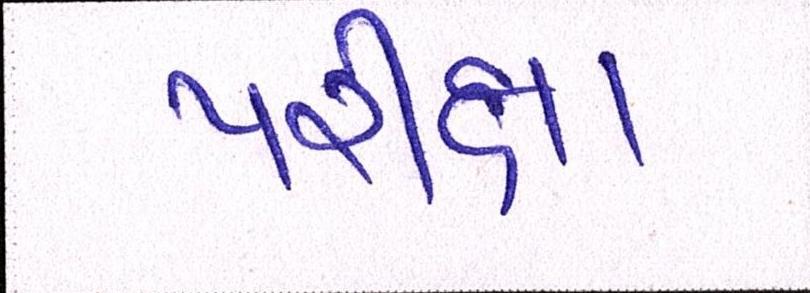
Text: પરીક્ષા